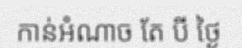
កាន់អំណាច តែ បី ថ្ងៃ